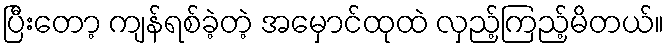
ပြီးတော့ ကျန်ရစ်ခဲ့တဲ့ အမှောင်ထုထဲ လှည့်ကြည့်မိတယ်။